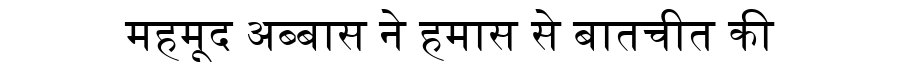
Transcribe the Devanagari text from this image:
महमूद अब्बास ने हमास से बातचीत की